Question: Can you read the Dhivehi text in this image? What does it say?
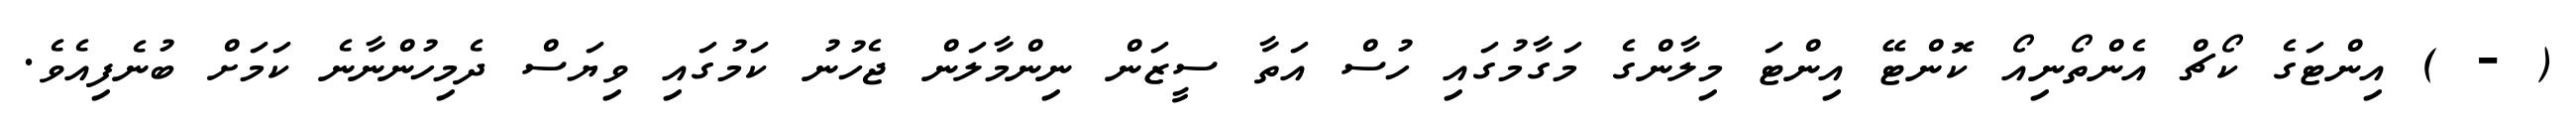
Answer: ( - ) އިންޓަގެ ކޯޗް އެންތޯނިއޯ ކޮންޓޭ އިންޓަ މިލާންގެ މަގާމުގައި ހުސް އަތާ ސީޒަން ނިންމާލަން ޖެހުނު ކަމުގައި ވިޔަސް ދެމިހުންނާނެ ކަމަށް ބުނެފިއެވެ.